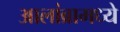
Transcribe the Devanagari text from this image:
आलांब्रामध्ये